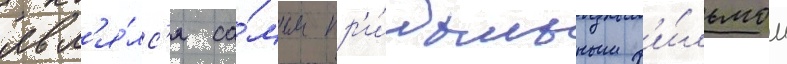
явл'я́лс'я са́мым пр'и́быльным ф'и́льмом